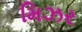
મિઝર